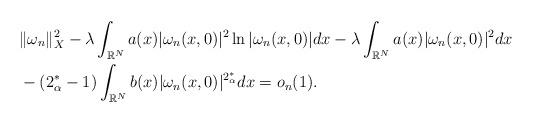
LaTeX: \begin{align*} &\|\omega_n\|^2_X-\lambda\displaystyle\int_{\mathbb{R}^N}a(x)|\omega_n(x,0)|^2\ln|\omega_n(x,0)|dx-\lambda\displaystyle\int_{\mathbb{R}^N}a(x)|\omega_n(x,0)|^2dx \\& -(2_\alpha^*-1)\displaystyle\int_{\mathbb{R}^N}b(x)|\omega_n(x,0)|^{2_\alpha^*}dx=o_n(1).\end{align*}